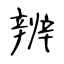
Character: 辨